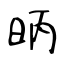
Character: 昞